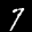
Label: 7